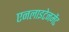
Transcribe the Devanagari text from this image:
एनलाइटेनमेंट